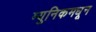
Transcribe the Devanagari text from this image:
म्युनिकमधून